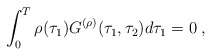
\begin{align*}\int_0^T\rho(\tau_1)G^{(\rho)}(\tau_1,\tau_2)d\tau_1=0\;,\end{align*}